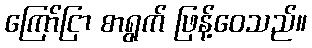
ကြော်ငြာ စာရွက် ဖြန့်ဝေသည်။